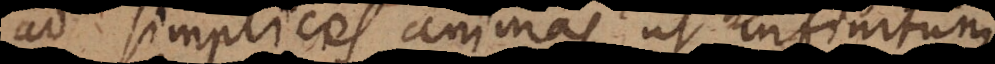
ad simplices animas ut infinitum